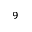
_ 9